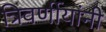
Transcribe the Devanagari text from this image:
त्रिवर्णीयांनी